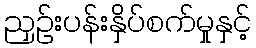
ညှဉ်းပန်းနှိပ်စက်မှုနှင့်